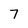
Character: 7